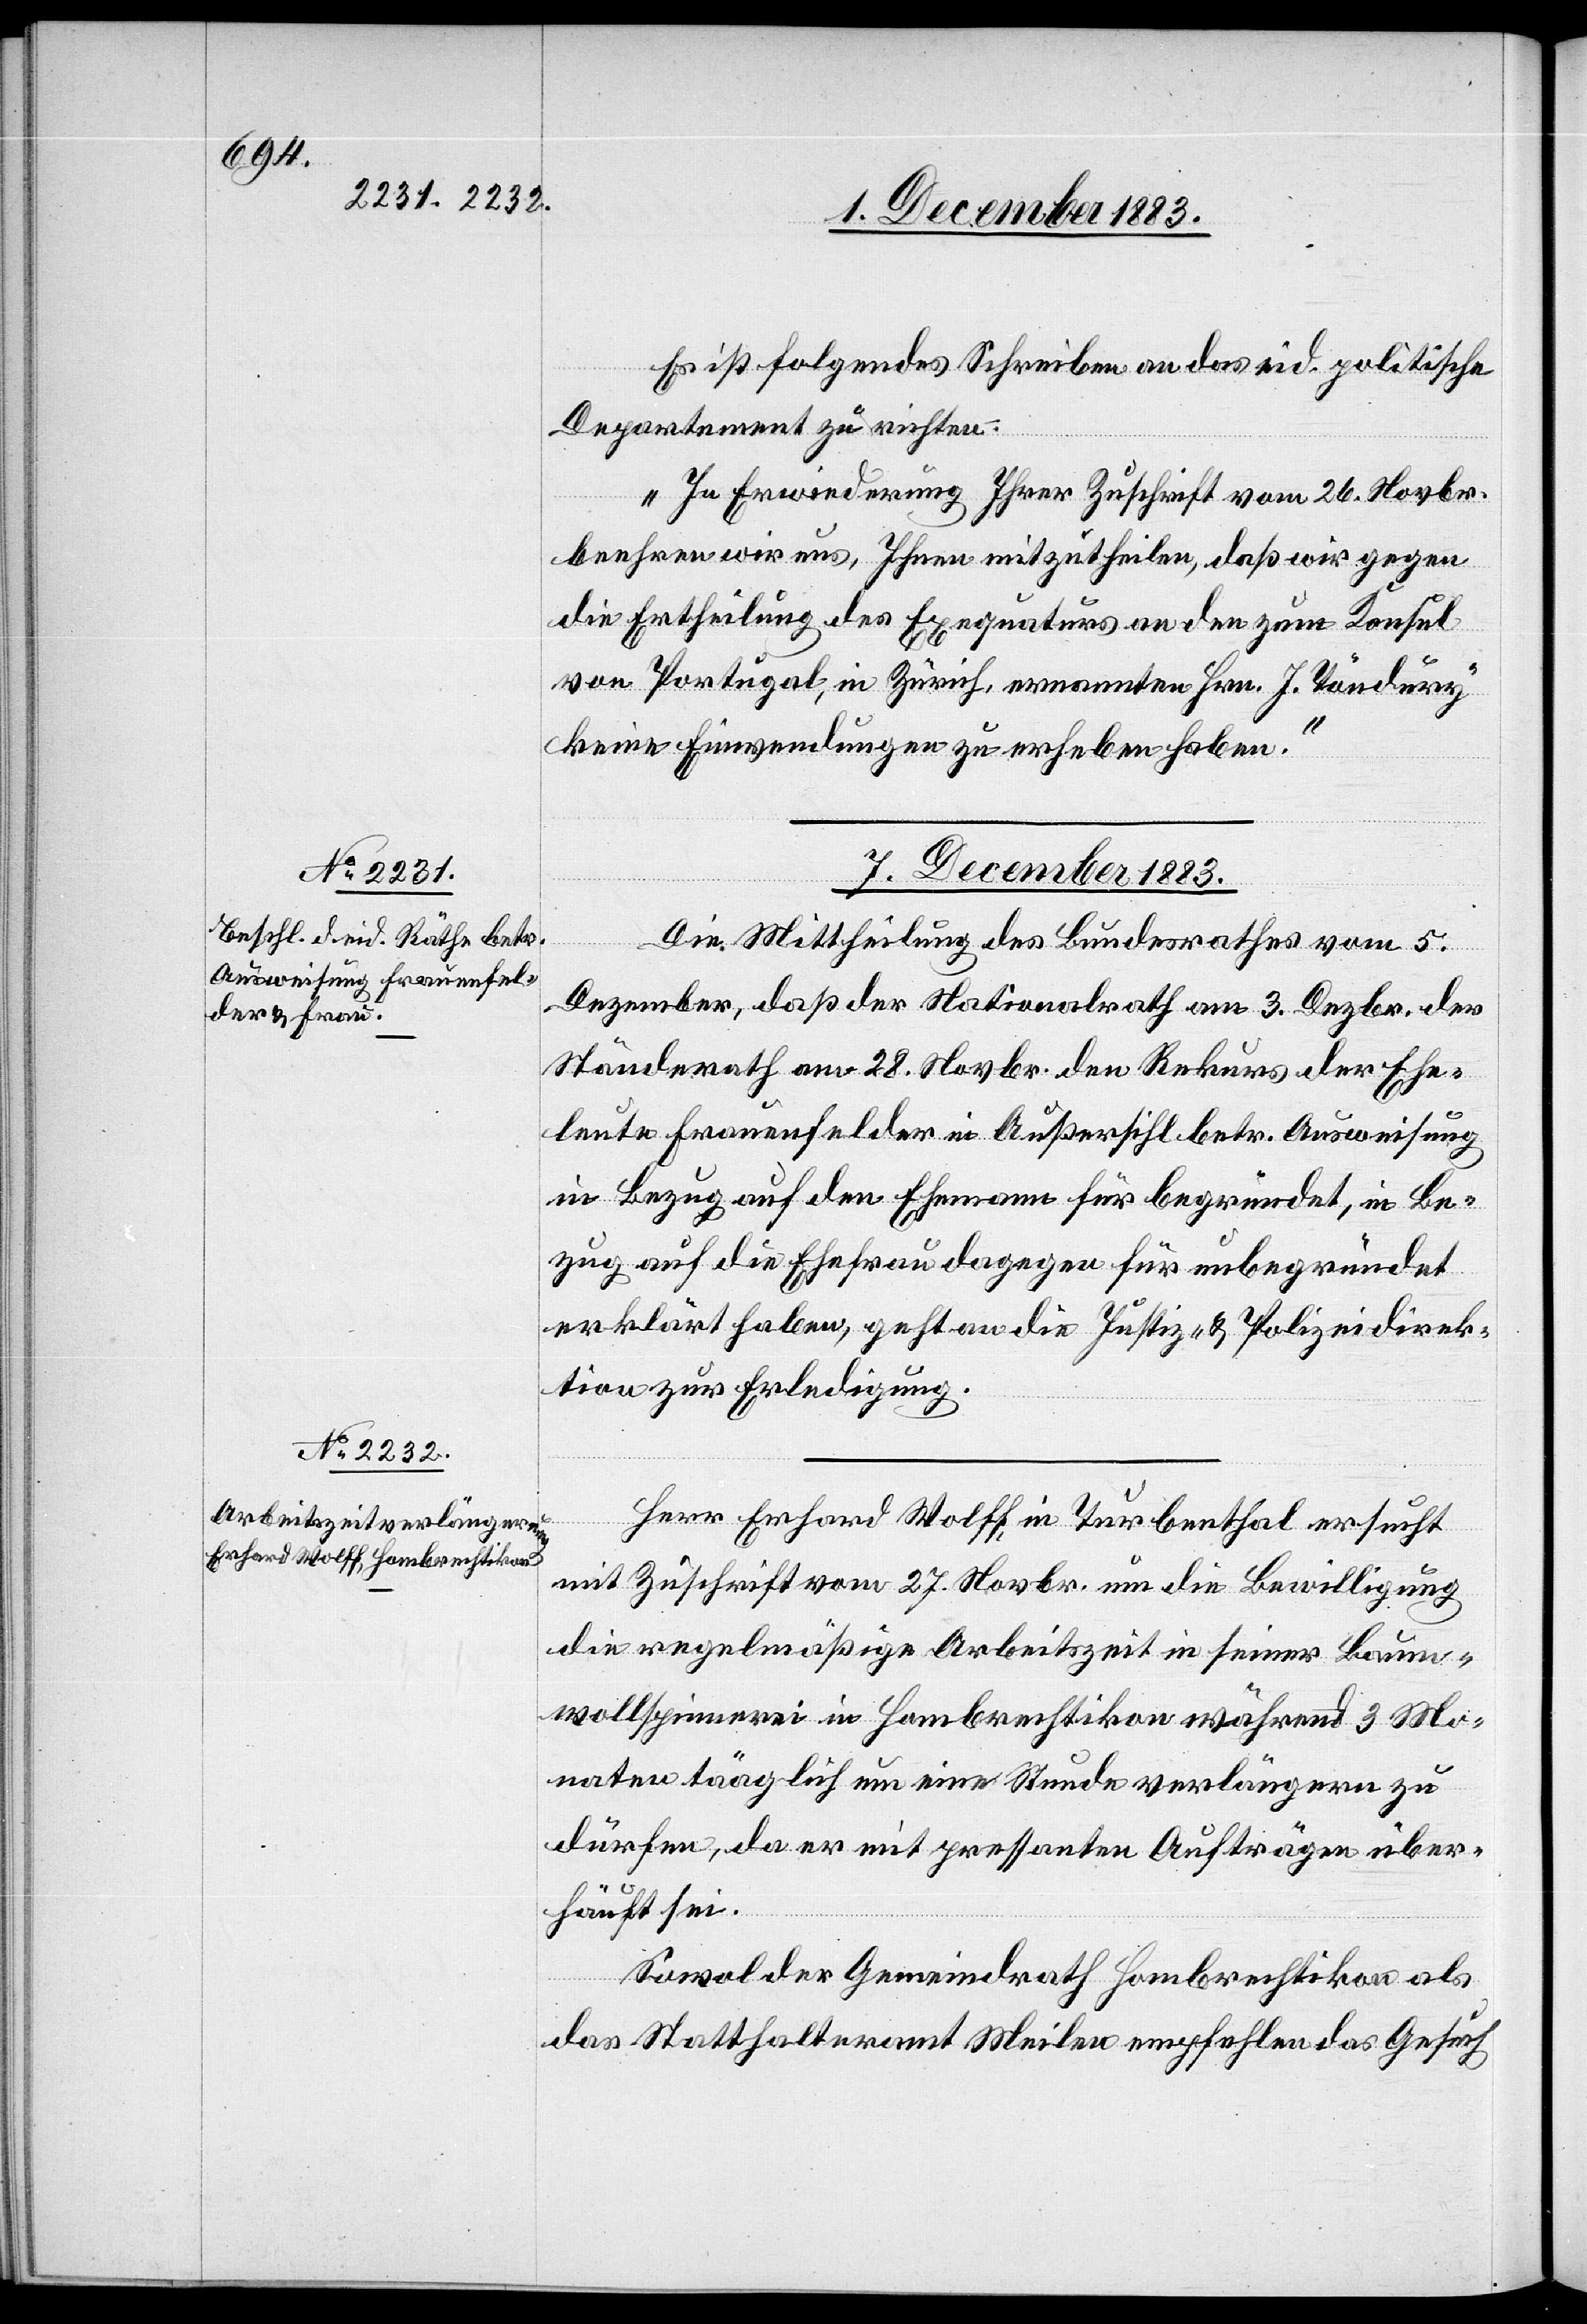
Es ist folgendes Schreiben an das eid. politische
Departement zu richten.
„In Erwiederung Ihrer Zuschrift vom 26. Novbr.
beehren wir uns, Ihnen mitzutheilen, daß wir gegen
die Ertheilung des Exequaturs an den zum Konsul
von Portugal, in Zürich, ernannten Hrn. J. Töndüry
keine Einwendungen zu erheben haben.“
7. December 1883.]
de
Die Mittheilung des Bundesrathes vom 5.
Dezember, daß der Nationalrath am 3. Dezbr. der
Ständerath am 28. Novbr. den Rekurs der Ehe¬
leute Frauenfelder in Außersihl betr. Ausweisung
in Bezug auf den Ehemann für begründet, in Be¬
zug auf die Ehefrau dagegen für unbegründet
erklärt haben, geht an die Justiz- & Polizeidirek¬
tion zur Erledigung.
Herr Erhard Wolff, in Turbenthal ersucht
mit Zuschrift vom 27. Novbr. um die Bewilligung
die regelmäßige Arbeitszeit in seiner Baum¬
wollspinnerei täaglich [sic!] um eine Stun¬
dürfen, da er mit pressanten Aufträgen über¬
häuft sei.
Sowol der Gemeindrath Hombrechtikon als
das Statthalteramt Meilen empfehlen das Gesuch